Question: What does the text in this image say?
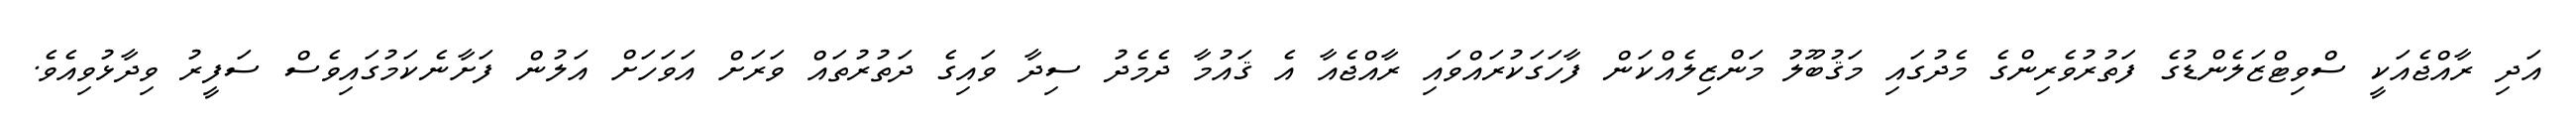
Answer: އަދި ރާއްޖެއަކީ ސްވިޓްޒަލެންޑުގެ ފަތުރުވެރިންގެ މެދުގައި މަޤުބޫލު މަންޒިލެއްކަން ފާހަގަކުރައްވައި ރާއްޖެއާ އެ ޤައުމާ ދެމެދު ސިދާ ވައިގެ ދަތުރުތައް ވަރަށް އަވަހަށް އަލުން ފަށާނެކަމުގައިވެސް ސަފީރު ވިދާޅުވިއެވެ.